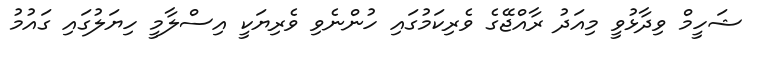
ޝަހީމް ވިދާޅުވީ މިއަދު ރާއްޖޭގެ ވެރިކަމުގައި ހުންނެވި ވެރިޔަކީ އިސްލާމީ ހިޔަލުގައި ގައުމު